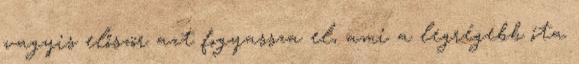
vagyis először azt fogyassza el, ami a legrégebb óta